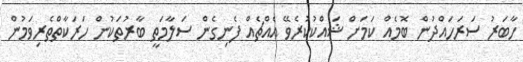
ހާބަރު ސަރަހައްދުން ބޮމެއް ކަމަށް ޝައްކުކުރެވޭ އެއްޗެއް ފެނިގެން ސަލާމަތީ ބާރުތަކުން ހަރަކާތްތެރިވަމުން